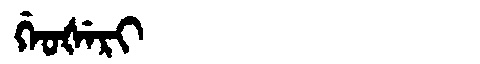
Manchu: ᡤᡝᠣᡧᡝᡵᡳ
Romanization: GEOŠERI